Vaccination in the Punjab 1919-1929 - 1919-1929
Year: 1919
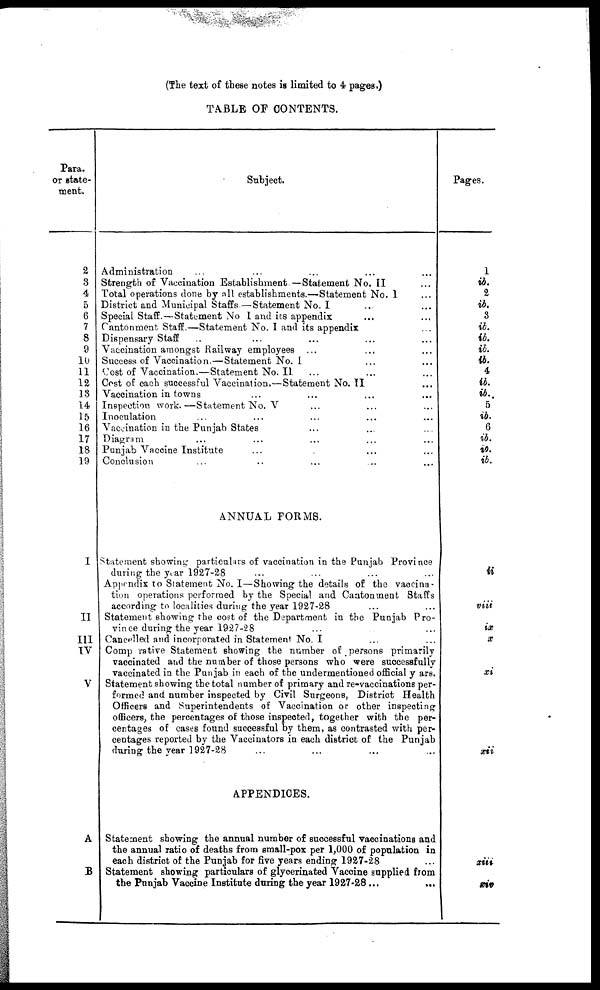
(The text of these notes is limited to 4 pages.)
TABLE OF CONTENTS.
Para
or state-
ment.
2
3
4
5
6
7
8
9
10
11
12
13
14
15
16
17
18
19
I
II
III
IV
V
A
B
Subject.
Administration ... ... ... ... ...
Strength of Vaccination Establishment.—Statement No. II
Total operations done by all establishments.—Statement No. I ...
District and Municipal Staffs.—Statement No. I ... ...
Special Staff.—Statement No I and its appendix ... ...
Cantonment Staff.—Statement No. I and its appendix ...
Dispensary Staff ... ... ... ... ...
Vaccination amongst Railway employees ... ... ...
Success of Vaccination.—Statement No. I ... ...
Cost of Vaccination.—Statement No. II ... ... ...
Cost of each successful Vaccination.—Statement No. II ...
Vaccination in towns ... ... ...
Inspection work.—Statement No. V ... ... ...
Inoculation ... ... ...
Vaccination in the Punjab States ... ...
Diagram ... ... ...
Punjab Vaccine Institute ... ...
Conclusion ... ... ... ... ... ...
ANNUAL FORMS.
Statement showing particulars of vaccination in the Punjab Province
during the year 1927-28 ... ... ... ...
Appendix to Statement No. I—Showing the details of the vaccina-
tion operations performed by the Special and Cantonment Staffs
according to localities during the year 1927-28 ... ...
Statement showing the cost of the Department in the Punjab Pro-
vince during the year 1927-28
Cancelled and incorporated in Statement No. I ... ...
Comprative Statement showing the number of persons primarily
vaccinated and the number of those persons who were successfully
vaccinated in the Punjab in each of the undermentioned official years.
Statement showing the total number of primary and re-vaccinations per-
formed and number inspected by Civil Surgeons, District Health
Officers and Superintendents of Vaccination or other inspecting
officers, the percentages of those inspected, together with the per-
centages of cases found successful by them, as contrasted with per-
centages reported by the Vaccinators in each district of the Punjab
during the year 1927-28 ... ... ... ...
APPENDICES.
Statement showing the annual number of successful vaccinations and
the annual ratio of deaths from small-pox per 1,000 of population in
each district of the Punjab for five years ending 1927-28 ...
Statement showing particulars of glycerinated Vaccine supplied from
the Punjab Vaccine Institute during the year 1927-28 ... ...
Pages.
1
ib.
2
ib.
3
ib.
ib.
ib.
ib.
4
ib.
ib.
5
ib.
6
ib.
ib.
ib.
ii
viii
ix
x
xi
xii
xiii
xiv